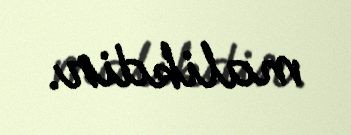
malikdir.